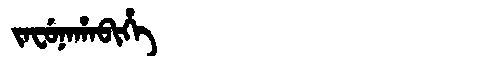
Manchu: ᠵᠠᠸᡠᠨᠠᡥᠠᠪᡳᡥᡝ
Romanization: JAFUNAHABIHE